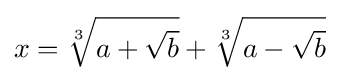
x={\sqrt[{3}]{a+{\sqrt {b}}}}+{\sqrt[{3}]{a-{\sqrt {b}}}}